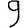
Digit: 9